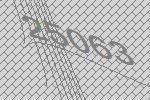
25063